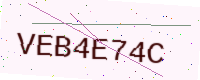
Text: VEB4E74C